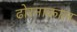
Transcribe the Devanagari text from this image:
ढोरनाकाल